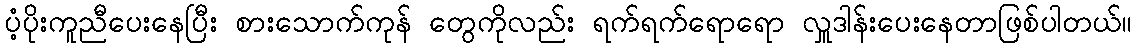
ပံ့ပိုးကူညီပေးနေပြီး စားသောက်ကုန် တွေကိုလည်း ရက်ရက်ရောရော လှူဒါန်းပေးနေတာဖြစ်ပါတယ်။